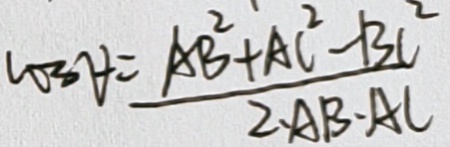
c o 3 \forall = \frac { A B ^ { 2 } + A C ^ { 2 } - B C ^ { 2 } } { 2 \cdot A B \cdot A C }